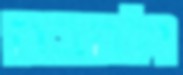
ולהבה